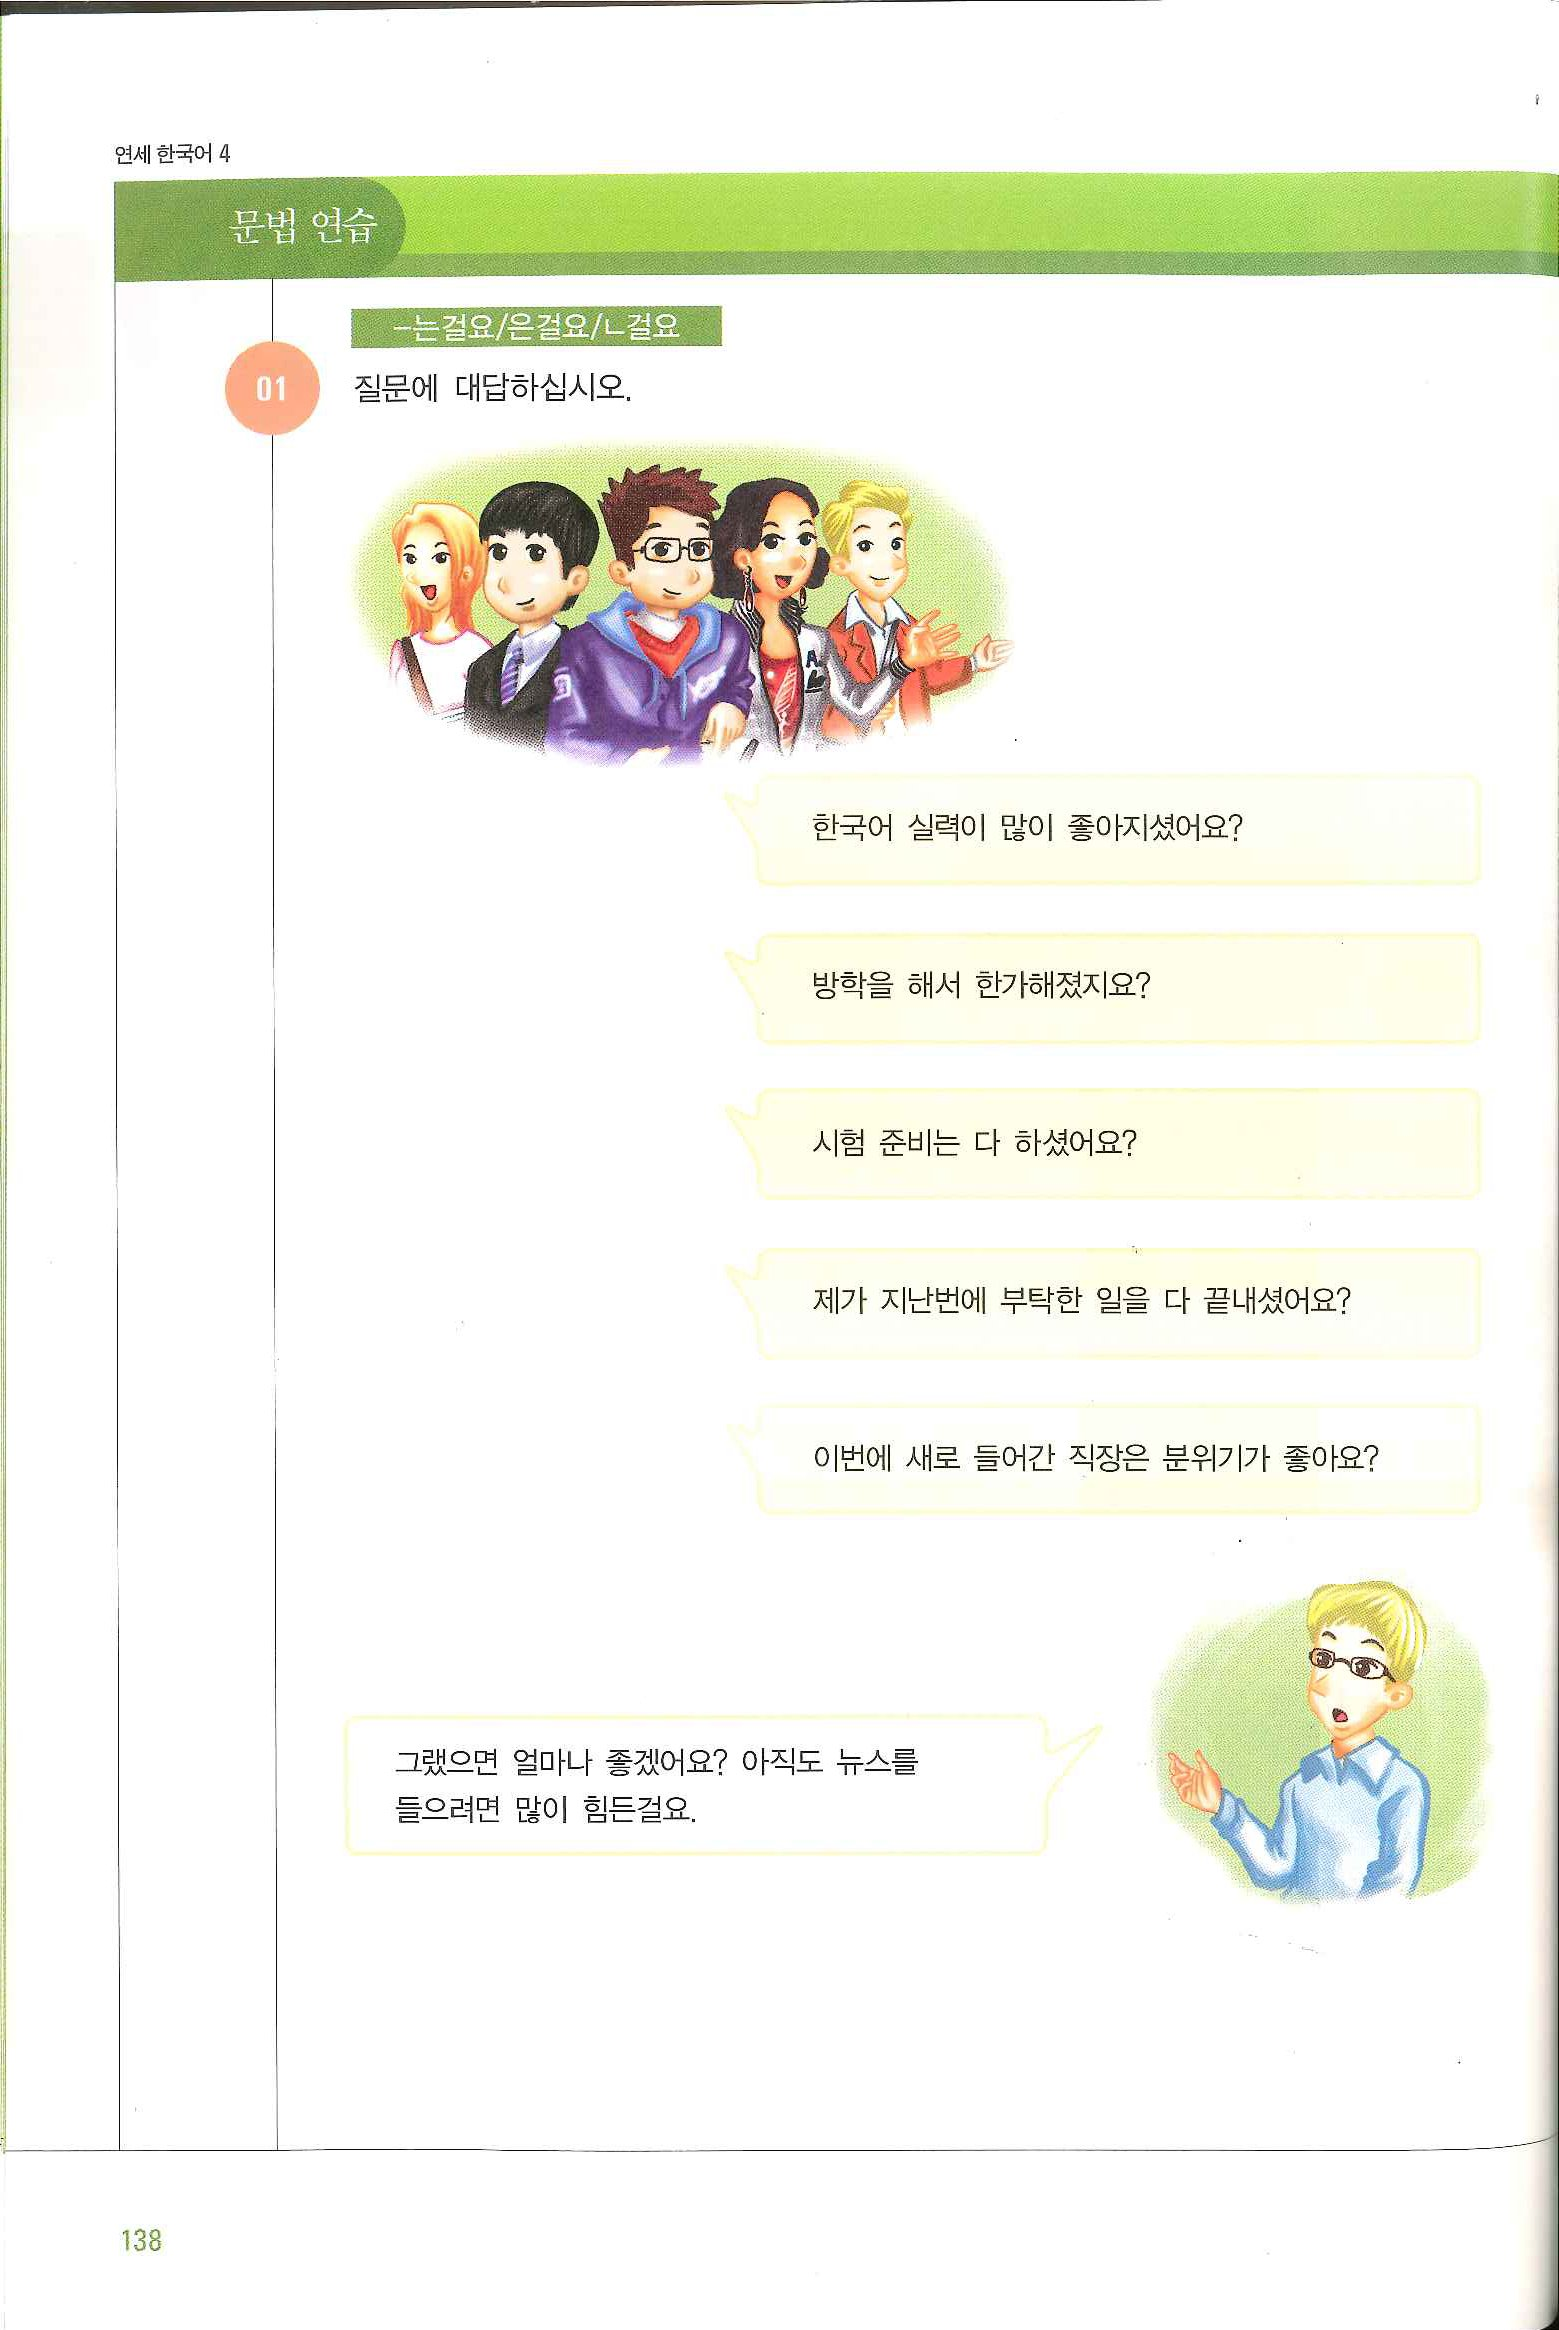
Language: ko